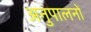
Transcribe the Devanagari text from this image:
अनुपालनों